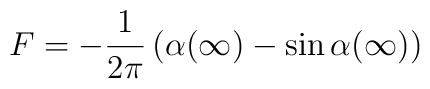
F = -\frac{1}{2\pi}\left(\alpha(\infty) - \sin \alpha(\infty)\right)